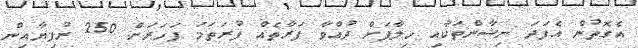
އެގޮތުން އެފަދަ ނިޝާންތަކާއި ހިލާފަށް ދުއްވާ ފަރާތެއް ފުރަތަމަ ފަހަރަށް 250 ރުފިޔާއިން